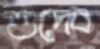
শুদেব